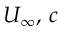
U _ { \infty } , \, c